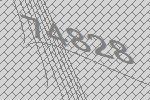
74828